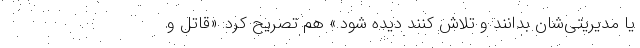
یا مدیریتی‌شان بدانند و تلاش کنند دیده شود.» هم تصریح کرد: «قاتل ‌و